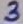
Text: 3